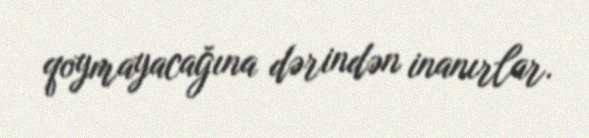
qoymayacağına dərindən inanırlar.